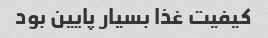
کیفیت غذا بسیار پایین بود